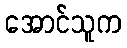
အောင်သူက